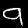
Digit: 9